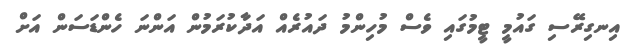
އިނގިރޭސި ގައުމީ ޓީމުގައި ވެސް މުހިންމު ދައުރެއް އަދާކުރަމުން އަންނަ ހެންޑަސަން އަށް